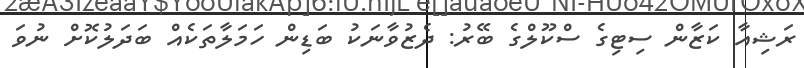
ރަޝިއާ ކަޒާން ސިޓިގެ ސްކޫލްގެ ބޭރު: ދެޒުވާނަކު ބަޑިން ހަމަލާތަކެއް ބަދަލުކޮށް ނުވަ